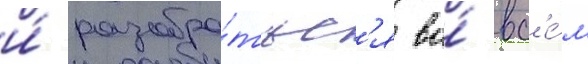
и́ разобра́тьс'я во́ вс'е́м